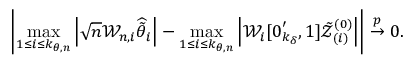
\left\vert \operatorname* { m a x } _ { 1 \leq i \leq k _ { \theta , n } } \left\vert \sqrt { n } \mathcal { W } _ { n , i } \widehat { \tilde { \theta } } _ { i } \right\vert - \operatorname* { m a x } _ { 1 \leq i \leq k _ { \theta , n } } \left\vert \mathcal { W } _ { i } [ \boldsymbol { 0 } _ { k _ { \delta } } ^ { \prime } , 1 ] \mathcal { \tilde { Z } } _ { ( i ) } ^ { ( 0 ) } \right\vert \right\vert \overset { p } { \rightarrow } 0 .